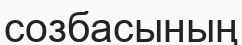
созбасының